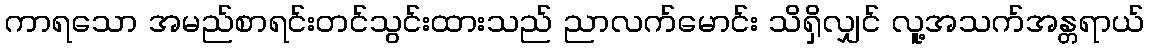
ကာရသော အမည်စာရင်းတင်သွင်းထားသည် ညာလက်မောင်း သိရှိလျှင် လူ့အသက်အန္တရာယ်